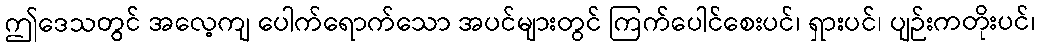
ဤဒေသတွင် အလေ့ကျ ပေါက်ရောက်သော အပင်များတွင် ကြက်ပေါင်စေးပင်၊ ရှားပင်၊ ပျဉ်းကတိုးပင်၊